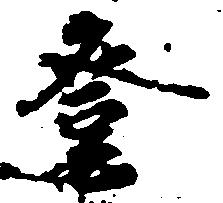
登